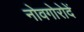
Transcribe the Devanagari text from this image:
नोवगोरोदें